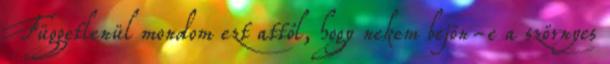
Függetlenül mondom ezt attól, hogy nekem bejön-e a szörnyes